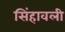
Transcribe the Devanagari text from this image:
सिंहावली